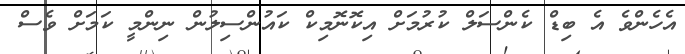
އެހެންވެ އެ ބިޑް ކެންސަލް ކުރުމަށް އިކޮނޮމިކް ކައުންސިލުން ނިންމީ ކަމަށް ވެސް